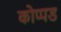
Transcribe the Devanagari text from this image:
कोप्पड